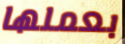
بعملها